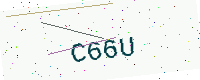
Text: C66U